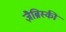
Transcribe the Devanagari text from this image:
ज़ैब्रिस्की